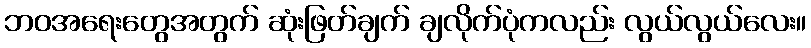
ဘဝအရေးတွေအတွက် ဆုံးဖြတ်ချက် ချလိုက်ပုံကလည်း လွယ်လွယ်လေး။